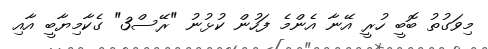
މިވަގުތު ބޮބީ ހުރީ އޭނާ އެންމެ ފަހުން ކުޅުނު "ރޭސް3" ގެކާމިޔާބީ އާއި